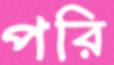
পরি